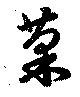
菜